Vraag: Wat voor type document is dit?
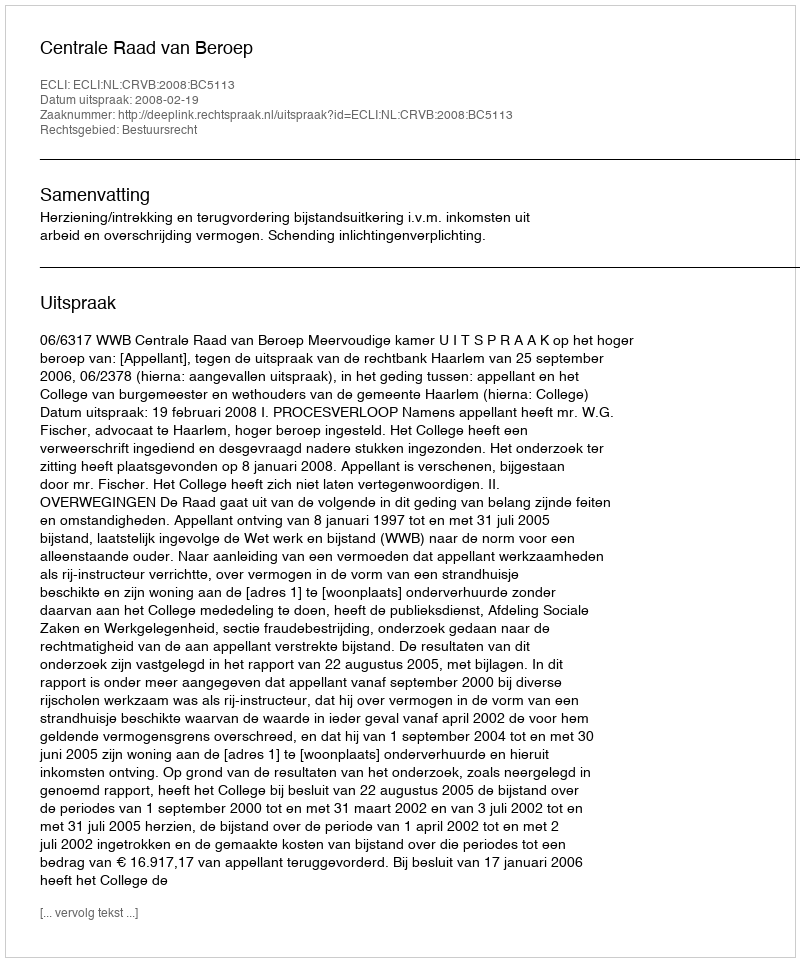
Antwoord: Uitspraak